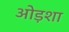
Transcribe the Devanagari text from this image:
ओड़शा